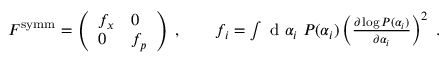
\begin{array} { r } { F ^ { \mathrm { s y m m } } = \left( \begin{array} { l l } { f _ { x } } & { 0 } \\ { 0 } & { f _ { p } } \end{array} \right) \; , \qquad f _ { i } = \int \mathrm { ~ d ~ } \alpha _ { i } \; P ( \alpha _ { i } ) \left( \frac { \partial \log P ( \alpha _ { i } ) } { \partial \alpha _ { i } } \right) ^ { 2 } \; . } \end{array}